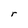
Character: r